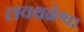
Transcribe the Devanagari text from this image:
लवथळेश्वर